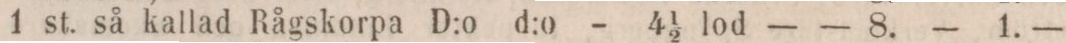
1 st. så kallad Rågskorpa D:o d:o - 41/2 lod    — — 8.    — 1. —